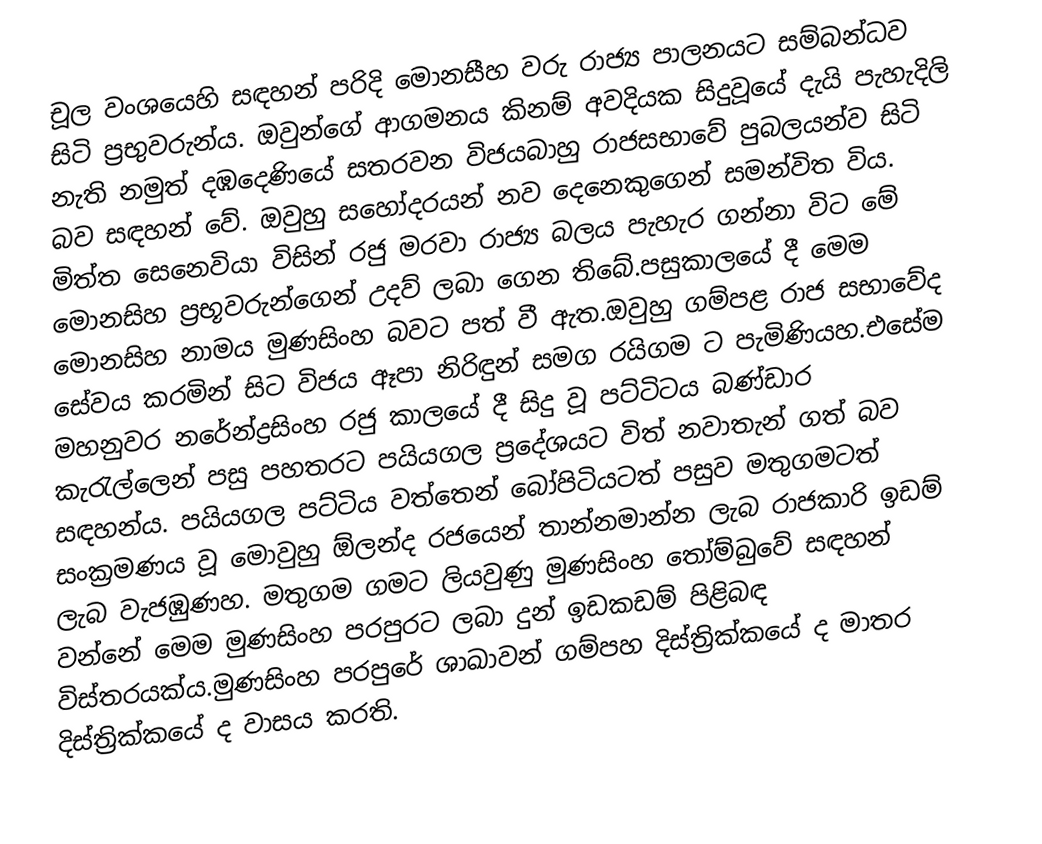
චූල වංශයෙහි සඳහන් පරිදි මොනසීහ වරු රාජ්‍ය පාලනයට සම්බන්ධව සිටි ප්‍රභුවරුන්ය. ඔවුන්ගේ ආගමනය කිනම් අවදියක සිදුවූයේ දැයි පැහැදිලි නැති නමුත් දඹදෙණියේ සතරවන විජයබාහු රාජසභාවේ පුබලයන්ව සිටි බව සඳහන් වේ. ඔවුහු සහෝදරයන් නව දෙනෙකුගෙන් සමන්විත විය. මිත්ත සෙනෙවියා විසින් රජු මරවා රාජ්‍ය බලය පැහැර ගන්නා විට මේ මොනසිහ ප්‍රභූවරුන්ගෙන් උදව් ලබා ගෙන තිබේ.පසුකාලයේ දී මෙම මොනසිහ නාමය මුණසිංහ බවට පත් වී ඇත.ඔවුහු ගම්පළ රාජ සභාවේද සේවය කරමින් සිට විජය ඈපා නිරිඳුන් සමග රයිගම ට පැමිණියහ.එසේම මහනුවර නරේන්ද්‍රසිංහ රජු කාලයේ දී සිදු වූ පට්ටිටය බණ්ඩාර කැරැල්ලෙන් පසු පහතරට පයියගල ප්‍රදේශයට විත් නවාතැන් ගත් බව සඳහන්ය. පයියගල පට්ටිය වත්තෙන් බෝපිටියටත් පසුව මතුගමටත් සංක්‍රමණය වූ මොවුහු ඕලන්ද රජයෙන් තාන්නමාන්න ලැබ රාජකාරි ඉඩම් ලැබ වැජඹුණහ. මතුගම ගමට ලියවුණු මුණසිංහ තෝම්බුවේ සඳහන් වන්නේ මෙම මුණසිංහ පරපුරට ලබා දුන් ඉඩකඩම් පිළිබඳ විස්තරයක්ය.මුණසිංහ පරපුරේ ශාඛාවන් ගම්පහ දිස්ත්‍රික්කයේ ද මාතර දිස්ත්‍රික්කයේ ද වාසය කරති.